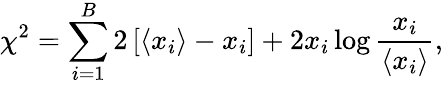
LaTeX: \chi^{2}=\sum_{i=1}^{B}2\left[\langle x_{i}\rangle-x_{i}\right]+2x_{i}\log\frac{x_{i}}{\langle x_{i}\rangle},